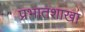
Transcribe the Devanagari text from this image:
प्रभातशाखा